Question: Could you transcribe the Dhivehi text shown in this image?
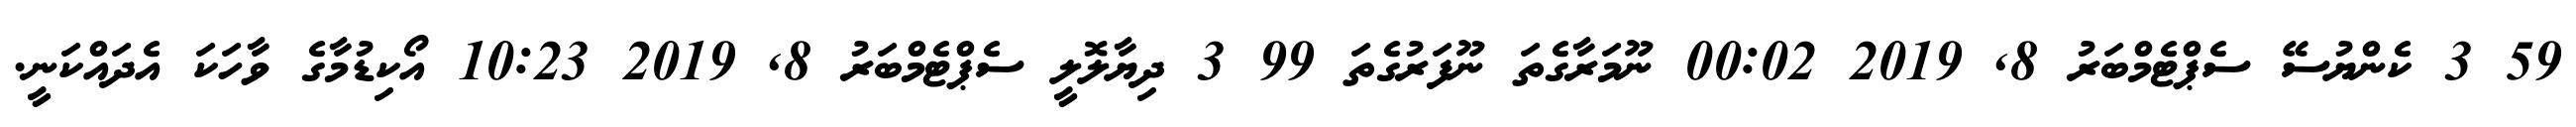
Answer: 59 3 ކެންޔުސޭ ސެޕްޓެމްބަރު 8, 2019 00:02 ނޫމަރާގެތަ ނޫފަރުގެތަ 99 3 ދިޔާލޮލީ ސެޕްޓެމްބަރު 8, 2019 10:23 އޯކިޑުމާގެ ވާހަކަ އެދައްކަނީ.